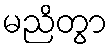
မညိတွာ